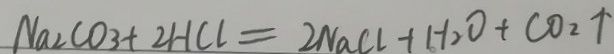
N a _ { 2 } C O _ { 3 } + 2 H C l = 2 N a C l + H _ { 2 } O + C O _ { 2 } \uparrow